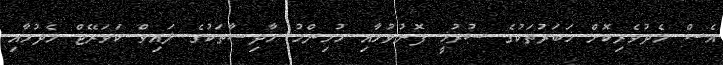
އެސް މެދުވެރިކޮށް ޚަބަރުތަކުގެ ސުރުޚީ ފޮނުވުމާއި މުހިންމު ހާދިސާތަކުގެ ލައިވް ކަވަރޭޖް ހެދުމާއި